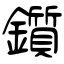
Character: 鑕